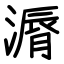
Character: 漘